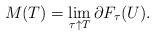
LaTeX: \begin{align*} M(T) = \lim_{\tau\uparrow T}\partial F_\tau(U).\end{align*}